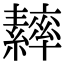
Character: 𦆾